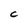
Character: C